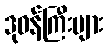
ဒုဝန်ကြီးများ